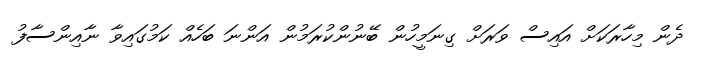
ދެން މިހާރަކަށް އައިސް ވަރަށް ގިނަމީހުން ބޭނުންކުރަމުން އަންނަ ބަހެއް ކަމުގައިވާ ނާއިންސާފު